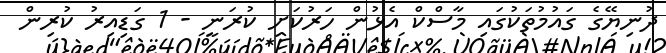
ދުނިޔޭގެ ގައުމުތަކުގައި މާސްކް އެޅުން ހަރުކަށި ކުރަނީ - 1 ގަޑިއިރު ކުރިން